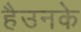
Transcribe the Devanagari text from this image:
हैउनके